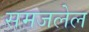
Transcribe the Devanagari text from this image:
समजलेल